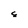
Character: 8